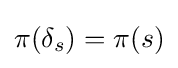
\pi (\delta _{s})=\pi (s)